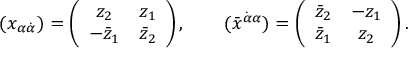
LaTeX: ( x _ { \alpha \dot { \alpha } } ) = \left( \begin{array} { c c } { { z _ { 2 } } } & { { z _ { 1 } } } \\ { { - \bar { z } _ { 1 } } } & { { \bar { z } _ { 2 } } } \end{array} \right) , \qquad ( \bar { x } ^ { \dot { \alpha } \alpha } ) = \left( \begin{array} { c c } { { \bar { z } _ { 2 } } } & { { - z _ { 1 } } } \\ { { \bar { z } _ { 1 } } } & { { z _ { 2 } } } \end{array} \right) .